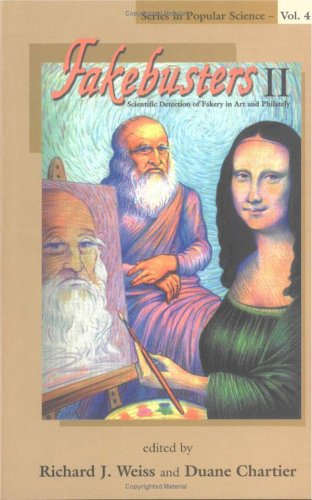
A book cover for Fakebusters II: Scientific Detection Of Fakery In Art And Philately (Series in Popular Science); Crafts, Hobbies & Home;